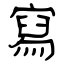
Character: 寫